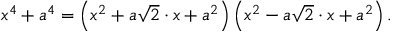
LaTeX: x ^ { 4 } + a ^ { 4 } = \left( x ^ { 2 } + a { \sqrt { 2 } } \cdot x + a ^ { 2 } \right) \left( x ^ { 2 } - a { \sqrt { 2 } } \cdot x + a ^ { 2 } \right) .